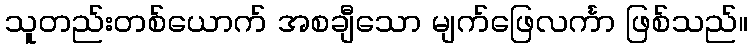
သူတည်းတစ်ယောက် အစချီသော မျက်ဖြေလင်္ကာ ဖြစ်သည်။